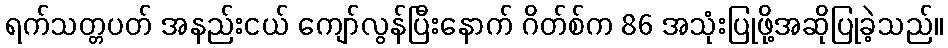
ရက်သတ္တပတ် အနည်းငယ် ကျော်လွန်ပြီးနောက် ဂိတ်စ်က 86 အသုံးပြုဖို့အဆိုပြုခဲ့သည်။